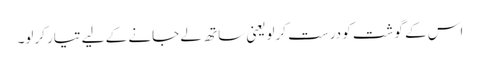
اس کے گوشت کو درست کرلویعنی ساتھ لے جانے کے لیے تیار کرلو۔